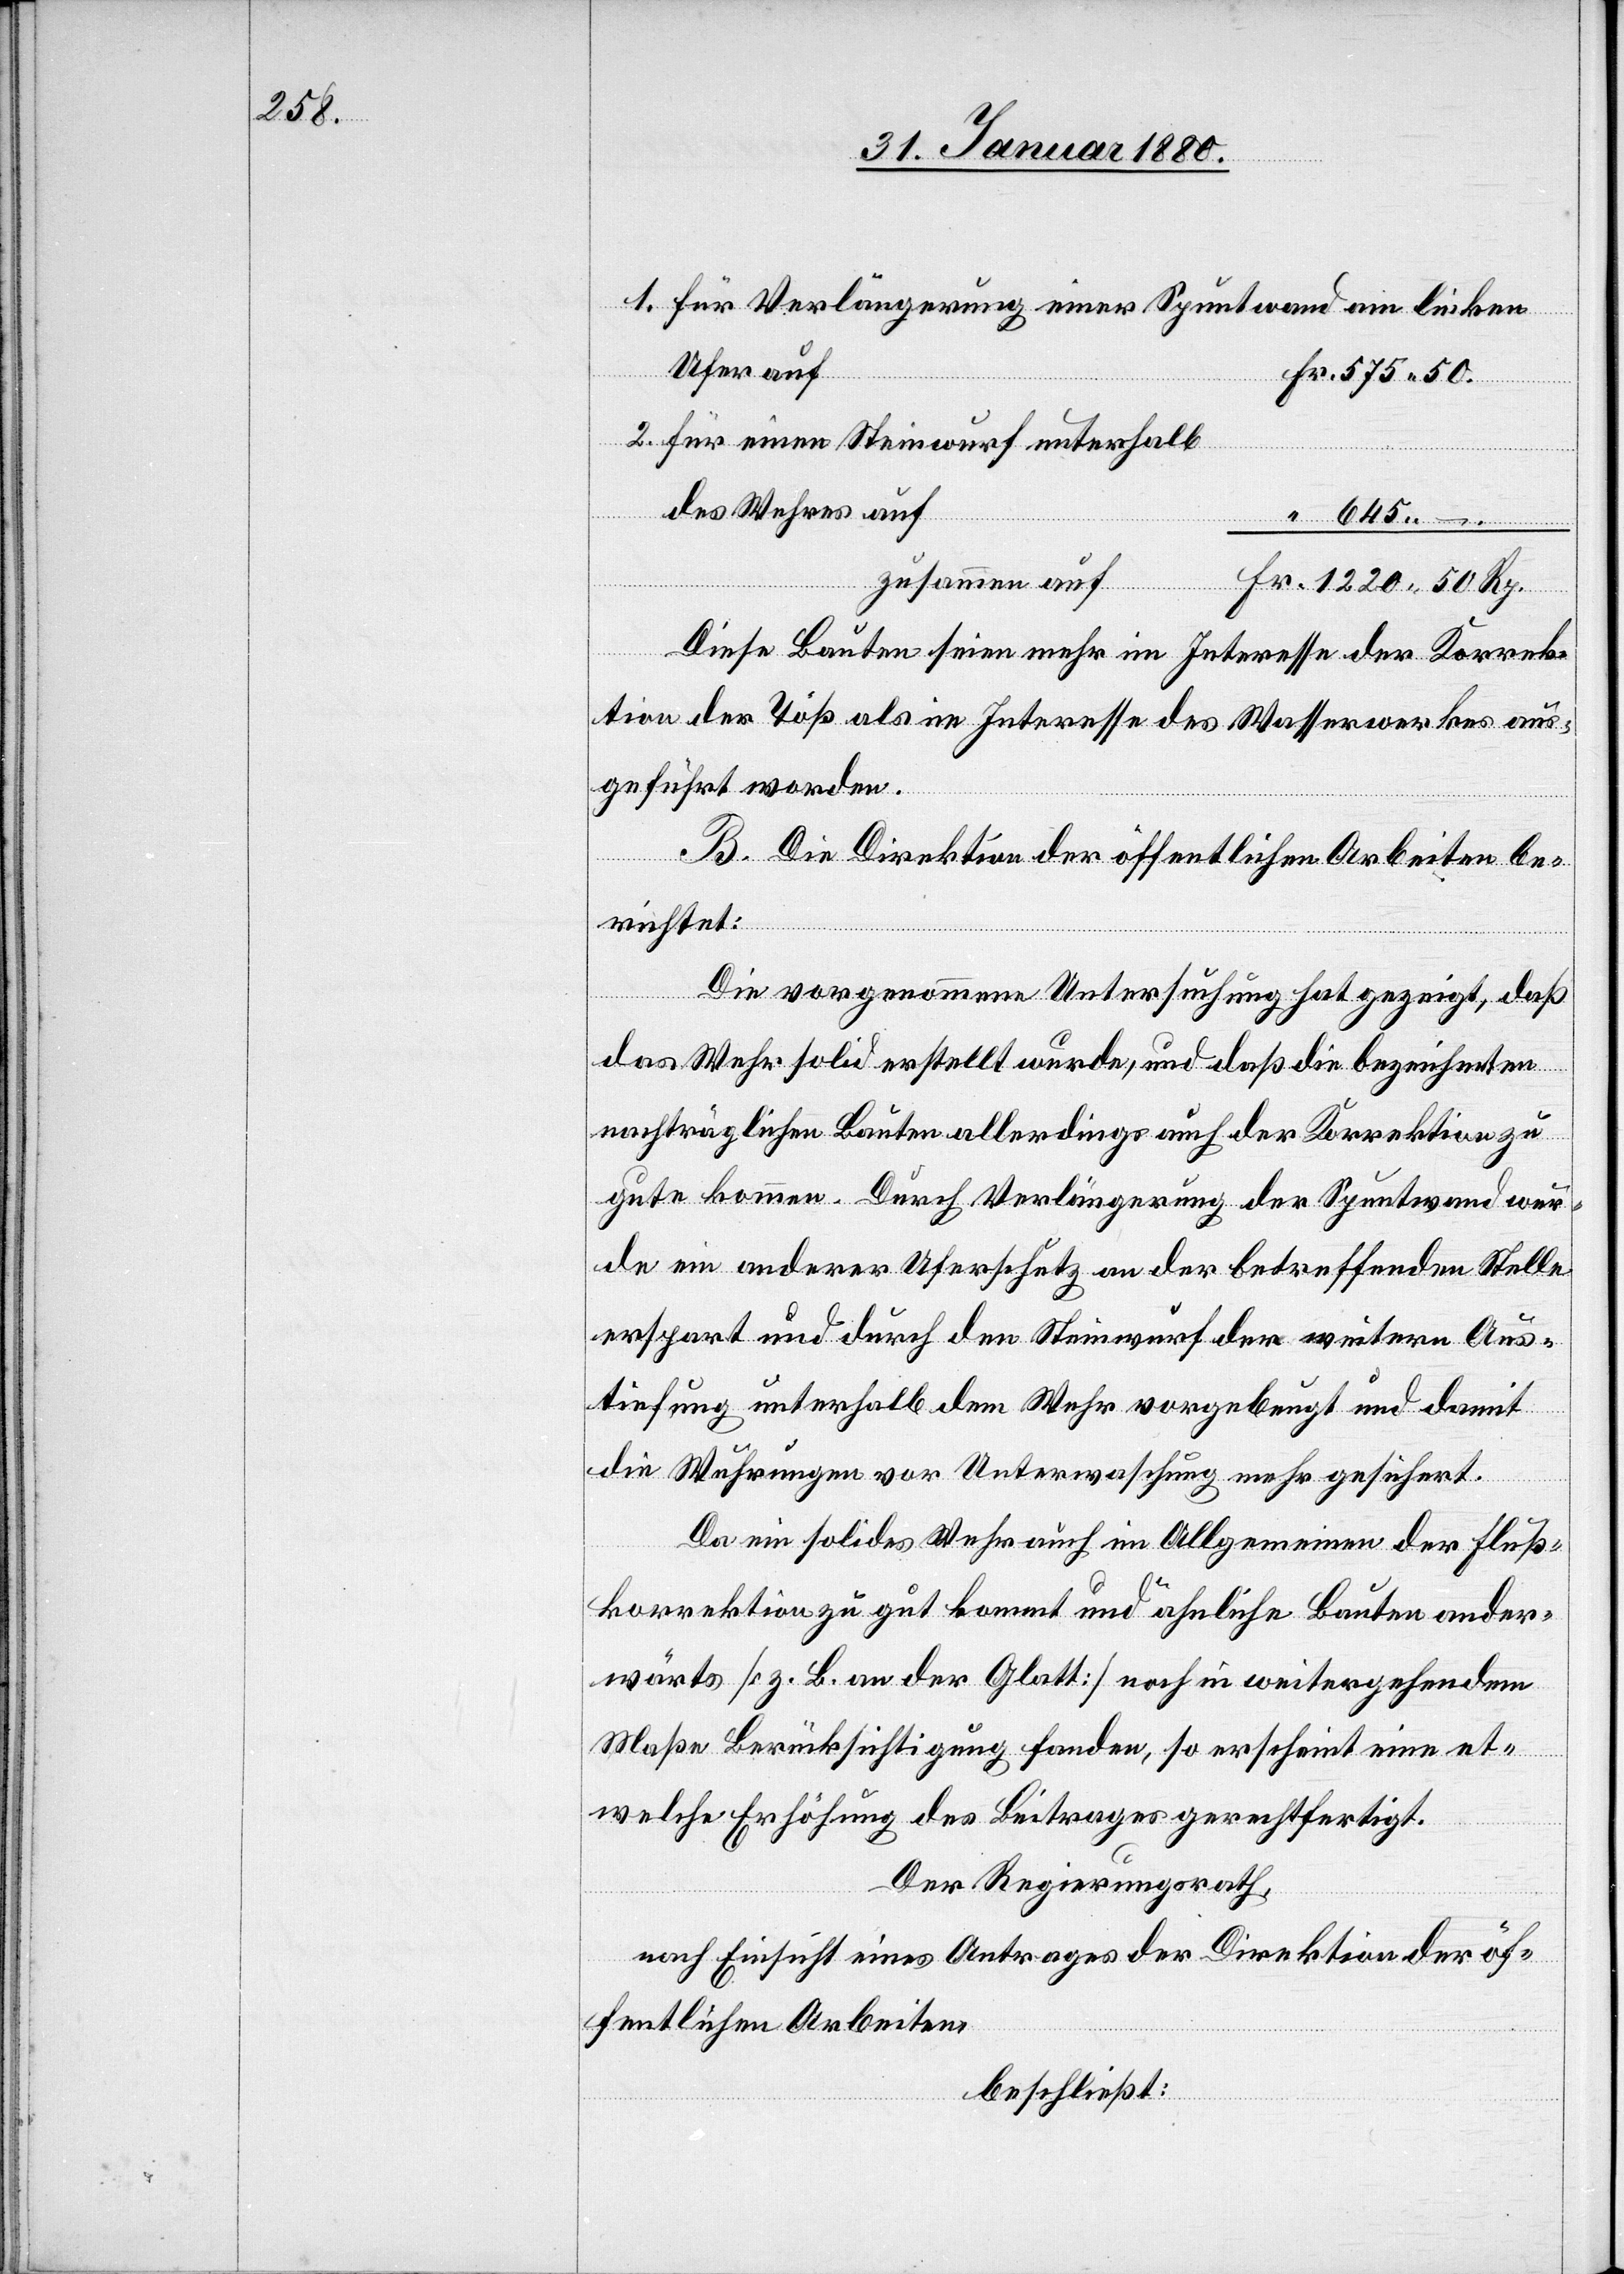
50.

1. für Verlängerung einer Spuntwand am linken
Ufer auf
2. für einen Steinwurf unterhalb
des Wuhres auf
zusammen auf
Rp.
Diese Bauten seien mehr im Interesse der Korrek¬
tion der Töß als im Interesse des Wasserwerkes aus¬
geführt worden.
B. Die Direktion der öffentlichen Arbeiten be¬
richtet:
Die vorgenommene Untersuchung hat gezeigt, daß
das Wehr solid erstellt wurde, und daß die bezeichneten
nachträglichen Bauten allerdings auch der Korrektion zu
gute kommen. Durch Verlängerung der Spuntwand wur¬
de ein anderer Uferschutz an der betreffenden Stelle
erspart und durch den Steinwurf der weitern Aus¬
tiefung unterhalb dem Wehr vorgebeugt und damit
die Wuhrungen vor Unterwaschung mehr gesichert.
Da ein solides Wehr auch im Allgemeinen der Fluß¬
korrektion zu gut kommt und ähnliche Bauten ander¬
wärts [z. B. an der Glatt] noch in weitergehendem
Maße Berücksichtigung fanden, so erscheint eine et¬
welche Erhöhung des Beitrages gerechtfertigt.
Der Regierungsrath,
nach Einsicht eines Antrages der Direktion der öf¬
fentlichen Arbeiten,
beschließt: